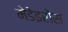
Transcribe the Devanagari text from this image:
मेडेइरोस